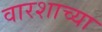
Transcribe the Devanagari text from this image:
वारशाच्‍या